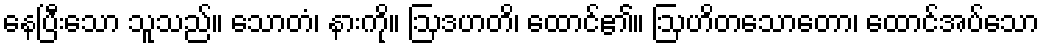
နေပြီးသော သူသည်။ သောတံ၊ နားကို။ ဩဒဟတိ၊ ထောင်၏။ ဩဟိတသောတော၊ ထောင်အပ်သော